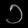
Digit: ၁